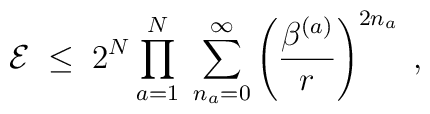
{\cal E} \; \leq \;2^N \prod_{a=1}^N \; \sum_{n_a=0}^\infty \left(\frac{\beta^{(a)}}{r} \right)^{2 n_a}\; ,